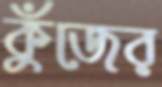
কুঁজের